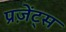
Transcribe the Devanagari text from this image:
प्रज़ेंट्स